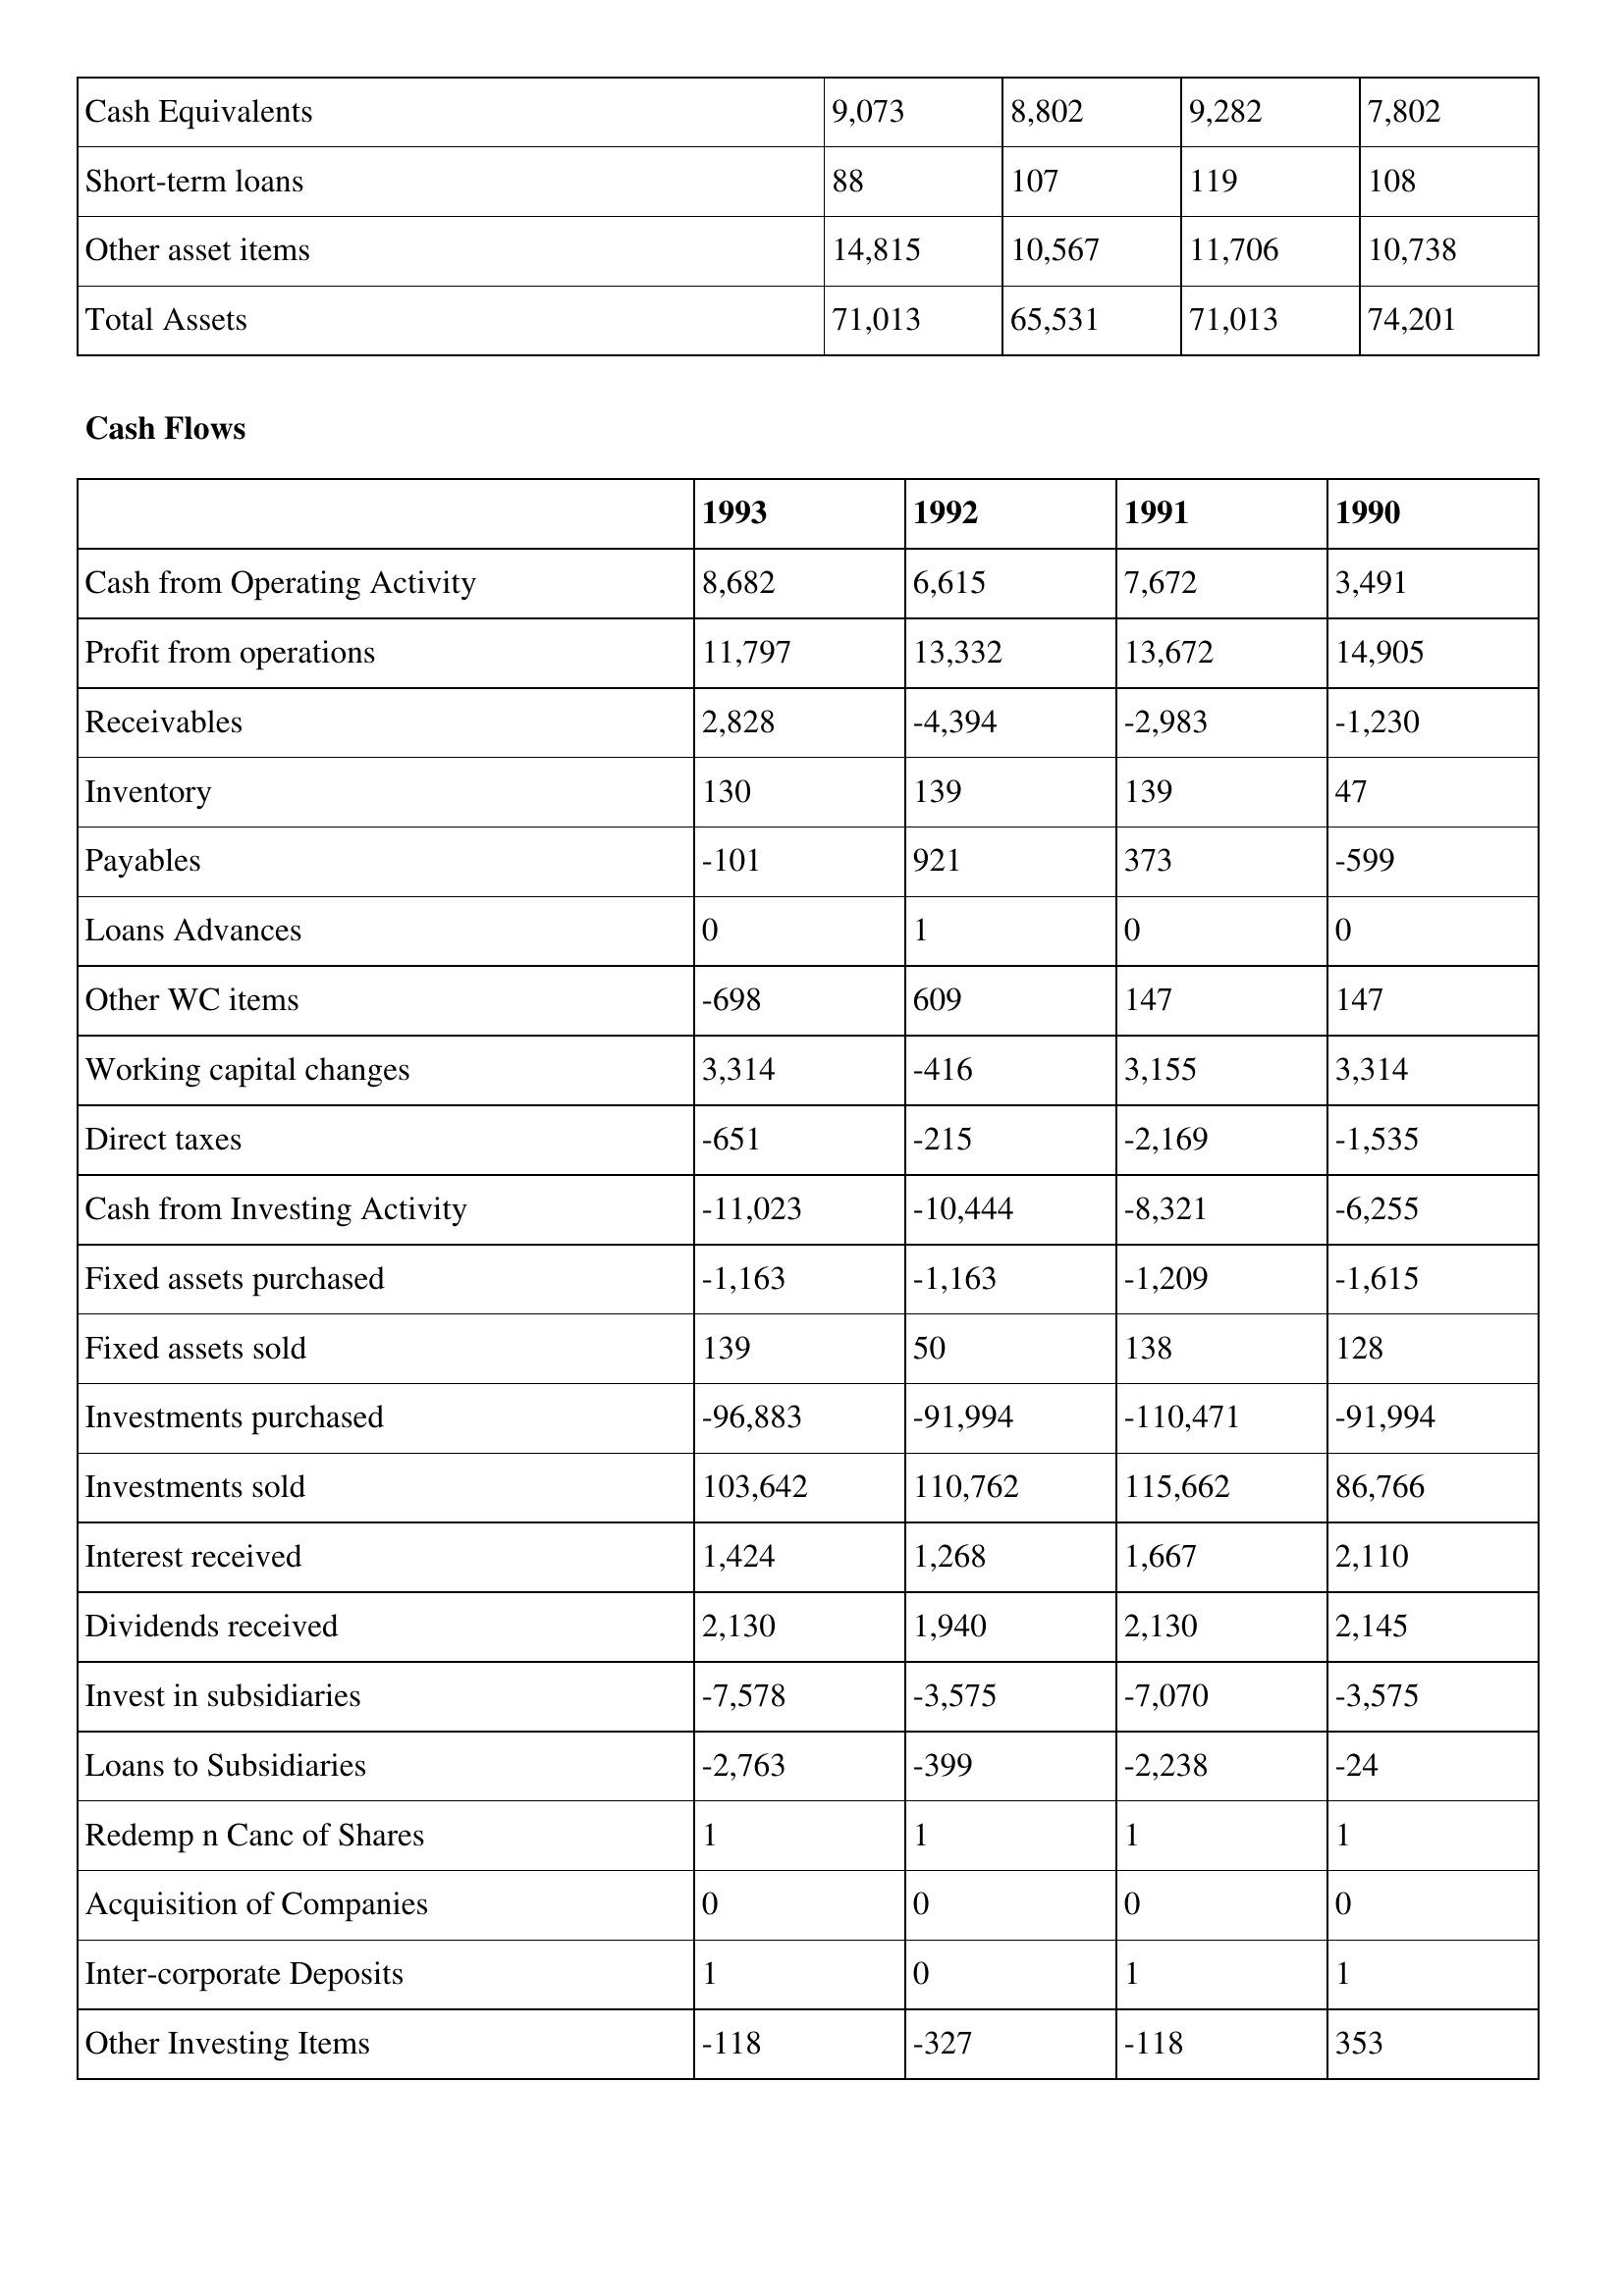
gt_parse: 1993: Balance Sheet: Cash Equivalents: 9,073
Short-term loans: 88
Other asset items: 14,815
Total Assets: 71,013
Cash Flows: Cash from Operating Activity: 8,682
Profit from operations: 11,797
Receivables: 2,828
Inventory: 130
Payables: -101
Loans Advances: 0
Other WC items: -698
Working capital changes: 3,314
Direct taxes: -651
Cash from Investing Activity: -11,023
Fixed assets purchased: -1,163
Fixed assets sold: 139
Investments purchased: -96,883
Investments sold: 103,642
Interest received: 1,424
Dividends received: 2,130
Invest in subsidiaries: -7,578
Loans to Subsidiaries: -2,763
Redemp n Canc of Shares: 1
Acquisition of Companies: 0
Inter-corporate Deposits: 1
Other Investing Items: -118
1992: Balance Sheet: Cash Equivalents: 8,802
Short-term loans: 107
Other asset items: 10,567
Total Assets: 65,531
Cash Flows: Cash from Operating Activity: 6,615
Profit from operations: 13,332
Receivables: -4,394
Inventory: 139
Payables: 921
Loans Advances: 1
Other WC items: 609
Working capital changes: -416
Direct taxes: -215
Cash from Investing Activity: -10,444
Fixed assets purchased: -1,163
Fixed assets sold: 50
Investments purchased: -91,994
Investments sold: 110,762
Interest received: 1,268
Dividends received: 1,940
Invest in subsidiaries: -3,575
Loans to Subsidiaries: -399
Redemp n Canc of Shares: 1
Acquisition of Companies: 0
Inter-corporate Deposits: 0
Other Investing Items: -327
1991: Balance Sheet: Cash Equivalents: 9,282
Short-term loans: 119
Other asset items: 11,706
Total Assets: 71,013
Cash Flows: Cash from Operating Activity: 7,672
Profit from operations: 13,672
Receivables: -2,983
Inventory: 139
Payables: 373
Loans Advances: 0
Other WC items: 147
Working capital changes: 3,155
Direct taxes: -2,169
Cash from Investing Activity: -8,321
Fixed assets purchased: -1,209
Fixed assets sold: 138
Investments purchased: -110,471
Investments sold: 115,662
Interest received: 1,667
Dividends received: 2,130
Invest in subsidiaries: -7,070
Loans to Subsidiaries: -2,238
Redemp n Canc of Shares: 1
Acquisition of Companies: 0
Inter-corporate Deposits: 1
Other Investing Items: -118
1990: Balance Sheet: Cash Equivalents: 7,802
Short-term loans: 108
Other asset items: 10,738
Total Assets: 74,201
Cash Flows: Cash from Operating Activity: 3,491
Profit from operations: 14,905
Receivables: -1,230
Inventory: 47
Payables: -599
Loans Advances: 0
Other WC items: 147
Working capital changes: 3,314
Direct taxes: -1,535
Cash from Investing Activity: -6,255
Fixed assets purchased: -1,615
Fixed assets sold: 128
Investments purchased: -91,994
Investments sold: 86,766
Interest received: 2,110
Dividends received: 2,145
Invest in subsidiaries: -3,575
Loans to Subsidiaries: -24
Redemp n Canc of Shares: 1
Acquisition of Companies: 0
Inter-corporate Deposits: 1
Other Investing Items: 353